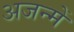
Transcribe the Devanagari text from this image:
अजन्में